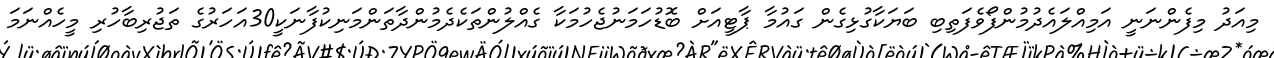
މިއަދު މިފެންނަނީ އަމިއްލައެދުމުންފޯވެފަތިބި ބަޔަކާގުޅިގެން ގައުމާ ޕާޓީއަށް ބޮޑުހަމަނުޖެހުމަކާ ގެއްލުންތަކެދެމުންދާތަންމަނިކުފާނަކީ30އަހަރުގެ ތަޖުރިބާހުރި މީހެއްނަމަ